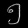
Digit: ၅